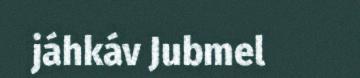
jáhkáv Jubmel